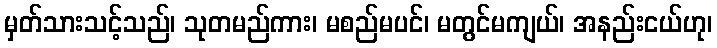
မှတ်သားသင့်သည်၊ သုတမည်ကား၊ မစည်မပင်၊ မတွင်မကျယ်၊ အနည်းငယ်ဟု၊